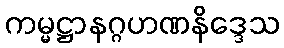
ကမ္မဋ္ဌာနဂ္ဂဟဏနိဒ္ဒေသ